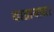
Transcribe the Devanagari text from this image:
यातायात।